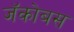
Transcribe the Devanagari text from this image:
जॅकोबस